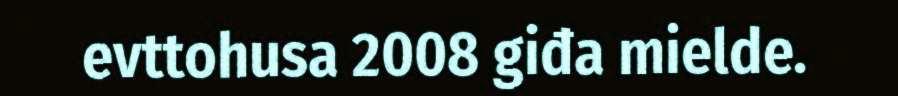
evttohusa 2008 giđa mielde.